Report of the Bombay Veterinary College
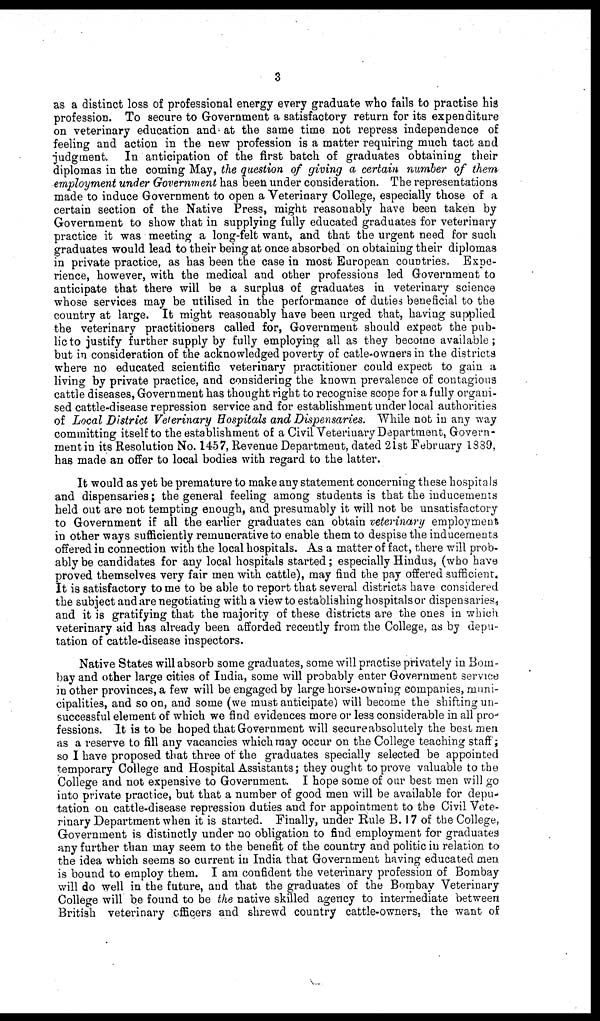
3
as a distinct loss of professional energy every graduate who fails to practise his
profession. To secure to Government a satisfactory return for its expenditure
on veterinary education and at the same time not repress independence of
feeling and action in the new profession is a matter requiring much tact and
judgment. In anticipation of the first batch of graduates obtaining their
diplomas in the coming May, the question of giving a certain number of them
employment under Government has been under consideration. The representations
made to induce Government to open a Veterinary College, especially those of a
certain section of the Native Press, might reasonably have been taken by
Government to show that in supplying fully educated graduates for veterinary
practice it was meeting a long-felt want, and that the urgent need for such
graduates would lead to their being at once absorbed on obtaining their diplomas
in private practice, as has been the case in most European countries. Expe-
rience, however, with the medical and other professions led Government to
anticipate that there will be a surplus of graduates in veterinary science
whose services may be utilised in the performance of duties beneficial to the
country at large. It might reasonably have been urged that, having supplied
the veterinary practitioners called for, Government should expect the pub-
lic to justify further supply by fully employing all as they become available;
but in consideration of the acknowledged poverty of catle-owners in the districts
where no educated scientific veterinary practitioner could expect to gain a
living by private practice, and considering the known prevalence of contagious
cattle diseases, Government has thought right to recognise scope for a fully organi-
sed cattle-disease repression service and for establishment under local authorities
of Local District Veterinary Hospitals and Dispensaries. While not in any way
committing itself to the establishment of a Civil Veterinary Department, Govern-
ment in its Resolution No. 1457, Revenue Department, dated 21st February 1889,
has made an offer to local bodies with regard to the latter.
It would as yet be premature to make any statement concerning these hospitals
and dispensaries; the general feeling among students is that the inducements
held out are not tempting enough, and presumably it will not be unsatisfactory
to Government if all the earlier graduates can obtain veterinary employment
in other ways sufficiently remunerative to enable them to despise the inducements
offered in connection with the local hospitals. As a matter of fact, there will prob-
ably be candidates for any local hospitals started; especially Hindus, (who have
proved themselves very fair men with cattle), may find the pay offered sufficient.
It is satisfactory to me to be able to report that several districts have considered
the subject and are negotiating with a view to establishing hospitals or dispensaries,
and it is gratifying that the majority of these districts are the ones in which
veterinary aid has already been afforded recently from the College, as by depu-
tation of cattle-disease inspectors.
Native States will absorb some graduates, some will practise privately in Bom-
bay and other large cities of India, some will probably enter Government service
in other provinces, a few will be engaged by large horse-owning companies, muni-
cipalities, and so on, and some (we must anticipate) will become the shifting un-
successful element of which we find evidences more or less considerable in all pro¬
fessions. It is to be hoped that Government will secure absolutely the best men
as a reserve to fill any vacancies which may occur on the College teaching staff';
so I have proposed that three of the graduates specially selected be appointed
temporary College and Hospital Assistants ; they ought to prove valuable to the
College and not expensive to Government. I hope some of our best men will go
into private practice, but that a number of good men will be available for depu-
tation on cattle-disease repression duties and for appointment to the Civil Vete-
rinary Department when it is started. Finally, under Rule B. 17 of the College,
Government is distinctly under no obligation to find employment for graduates
any further than may seem to the benefit of the country and politic in relation to
the idea which seems so current in India that Government having educated men
is bound to employ them. I am confident the veterinary profession of Bombay
will do well in the future, and that the graduates of the Bombay Veterinary
College will be found to be the native skilled agency to intermediate between
British veterinary officers and shrewd country cattle-owners, the want of